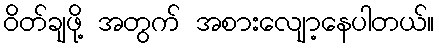
ဝိတ်ချဖို့ အတွက် အစားလျော့နေပါတယ်။